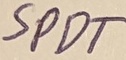
Text: SPDT